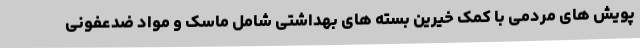
پویش های مردمی با کمک خیرین بسته های بهداشتی شامل ماسک و مواد ضدعفونی